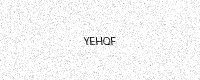
Text: YEHQF